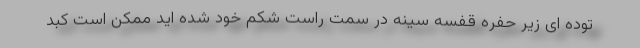
توده ای زیر حفره قفسه سینه در سمت راست شکم خود شده اید ممکن است کبد